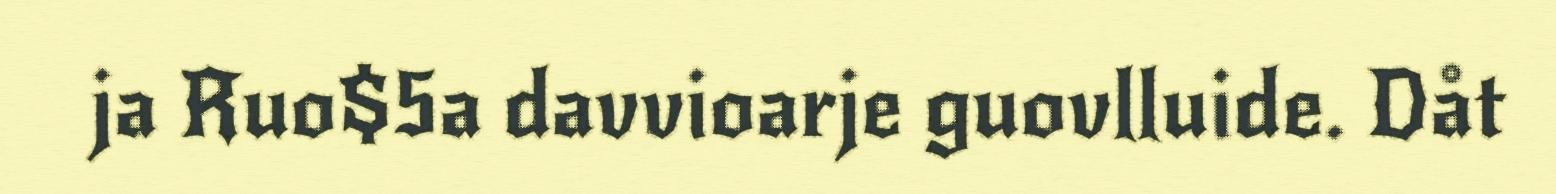
ja Ruo$5a davvioarje guovlluide. Dåt